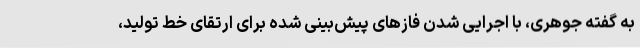
به گفته جوهری، با اجرایی شدن فازهای پیش‌بینی شده برای ارتقای خط تولید،